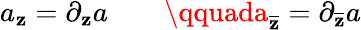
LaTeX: a_{\mathbf{z}}=\partial_{\mathbf{z}}a\qquad\qquada_{\overline{{{{\mathbf{z}}}}}}=\partial_{\overline{{{{\mathbf{z}}}}}}a